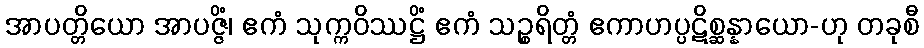
အာပတ္တိယော အာပဇ္ဇိံ၊ ဧကံ သုက္ကဝိဿဋ္ဌိံ ဧကံ သဉ္စရိတ္တံ ဧကာဟပ္ပဋိစ္ဆန္နာယော-ဟု တခုစီ